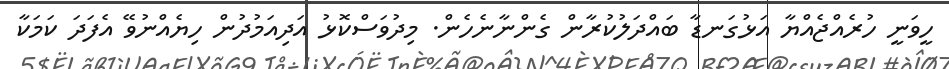
ހީވަނީ ހުރެއްޖެއްޔާ އަޅުގަނޑާ ބައްދަލުކުރާން ގެންނާނެހެން. މިދުވަސްކޮޅު އަދިއަމުދުން ހިޔެއްނުވޭ އެފަދަ ކަމަކާ